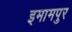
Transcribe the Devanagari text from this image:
इमामपुर